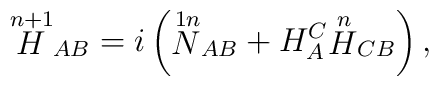
{\stackrel{n+1}{H}}_{AB}=i\left({\stackrel{1n}{N}}_{AB}+ H_A^C {\stackrel{n}{H}}_{CB}\right),